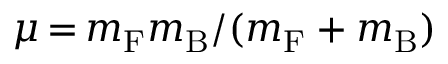
\mu \, { = } \, m _ { \mathrm { F } } m _ { \mathrm { B } } / ( m _ { \mathrm { F } } + m _ { \mathrm { B } } )